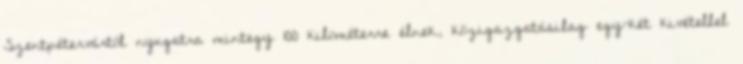
Szentpétervártól nyugatra mintegy 100 kilométerre élnek, közigazgatásilag egy-két kivétellel